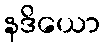
နဒိယော